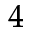
_ 4